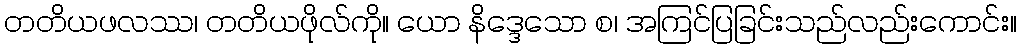
တတိယဖလဿ၊ တတိယဖိုလ်ကို။ ယော နိဒ္ဒေသော စ၊ အကြင်ပြခြင်းသည်လည်းကောင်း။